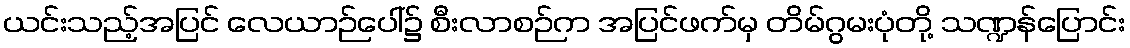
ယင်းသည့်အပြင် လေယာဉ်ပေါ်၌ စီးလာစဉ်က အပြင်ဖက်မှ တိမ်ဂွမးပုံတို့ သဏ္ဍန်ပြောင်း